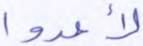
لأعدوا